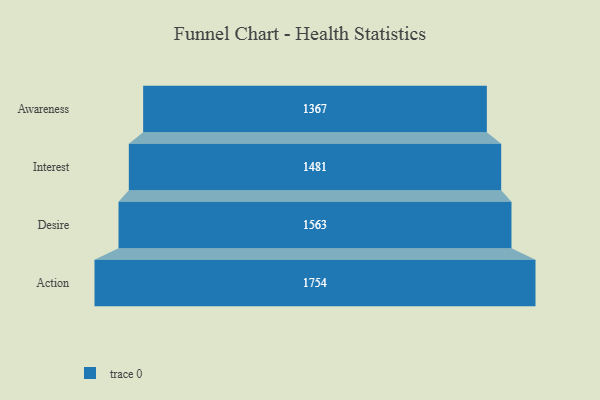
{"axis": {"x": "Stage", "y": "Value"}, "legend": [""], "data": [{"x": "Awareness", "y": 1367.0, "type": ""}, {"x": "Interest", "y": 1481.0, "type": ""}, {"x": "Desire", "y": 1563.0, "type": ""}, {"x": "Action", "y": 1754.0, "type": ""}]}